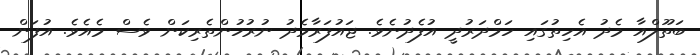
ބަތޫލްއާ މެދު އެހިތުގައި ހަމްދަރުދީ އުފެދުނެވެ. ޖައުފަރާމެދު ނުރުހުންތެރިކަން ވެސް މެއެވެ. އުފަން